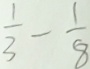
= \frac { 1 } { 3 } - \frac { 1 } { 8 }